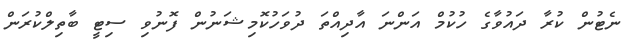
ނެޓުން ކުރާ ދައުވާގެ ހުކުމް އަންނަ އާދިއްތަ ދުވަހުކޮމިޝަނުން ފޮނުވި ސިޓީ ބާތިލްކުރަން